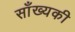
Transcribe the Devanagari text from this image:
साँख्यकी